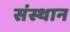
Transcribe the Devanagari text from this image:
संस्थान